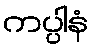
ကပ္ပါနံ